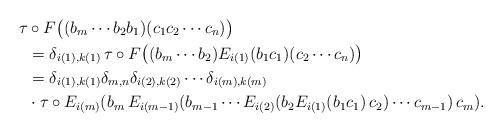
LaTeX: \begin{align*}\tau&\circ F\big((b_m\cdots b_2b_1)(c_1c_2\cdots c_n)\big) \\&=\delta_{i(1),k(1)}\,\tau\circ F\big((b_m\cdots b_2)E_{i(1)}(b_1c_1)(c_2\cdots c_n)\big) \\&=\delta_{i(1),k(1)}\delta_{m,n}\delta_{i(2),k(2)}\cdots\delta_{i(m),k(m)} \\&\cdot \tau\circ E_{i(m)}(b_m\,E_{i(m-1)}(b_{m-1}\cdots E_{i(2)}(b_2E_{i(1)}(b_1c_1)\,c_2)\cdots c_{m-1})\,c_m).\end{align*}